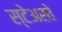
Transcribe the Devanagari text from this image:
स्टेअरवे